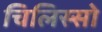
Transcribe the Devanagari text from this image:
चिलिस्सो